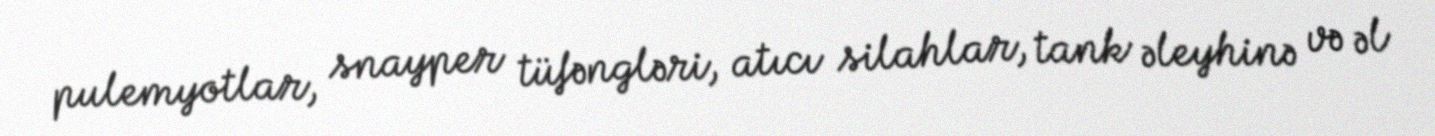
pulemyotlar, snayper tüfəngləri, atıcı silahlar, tank əleyhinə və əl